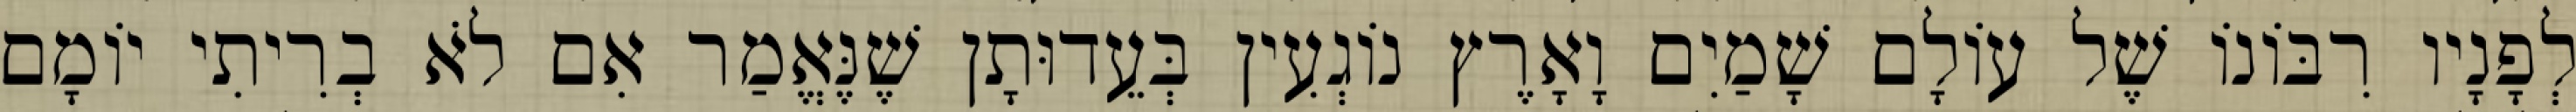
לְפָנָיו רִבּוֹנוֹ שֶׁל עוֹלָם שָׁמַיִם וָאָרֶץ נוֹגְעִין בְּעֵדוּתָן שֶׁנֶּאֱמַר אִם לֹא בְרִיתִי יוֹמָם